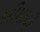
ભીમાએ